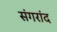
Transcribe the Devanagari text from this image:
संगरांद